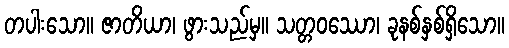
တပါးသော။ ဇာတိယာ၊ ဖွားသည်မှ။ သတ္တဝဿော၊ ခုနစ်နှစ်ရှိသော။